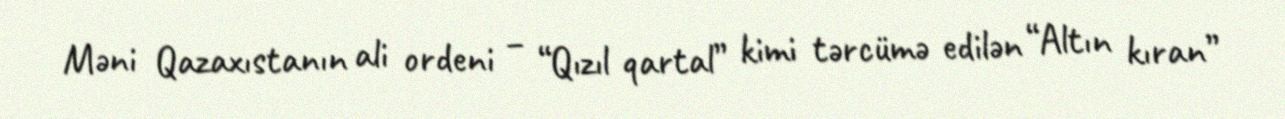
Məni Qazaxıstanın ali ordeni – “Qızıl qartal” kimi tərcümə edilən “Altın kıran”